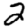
Digit: 2